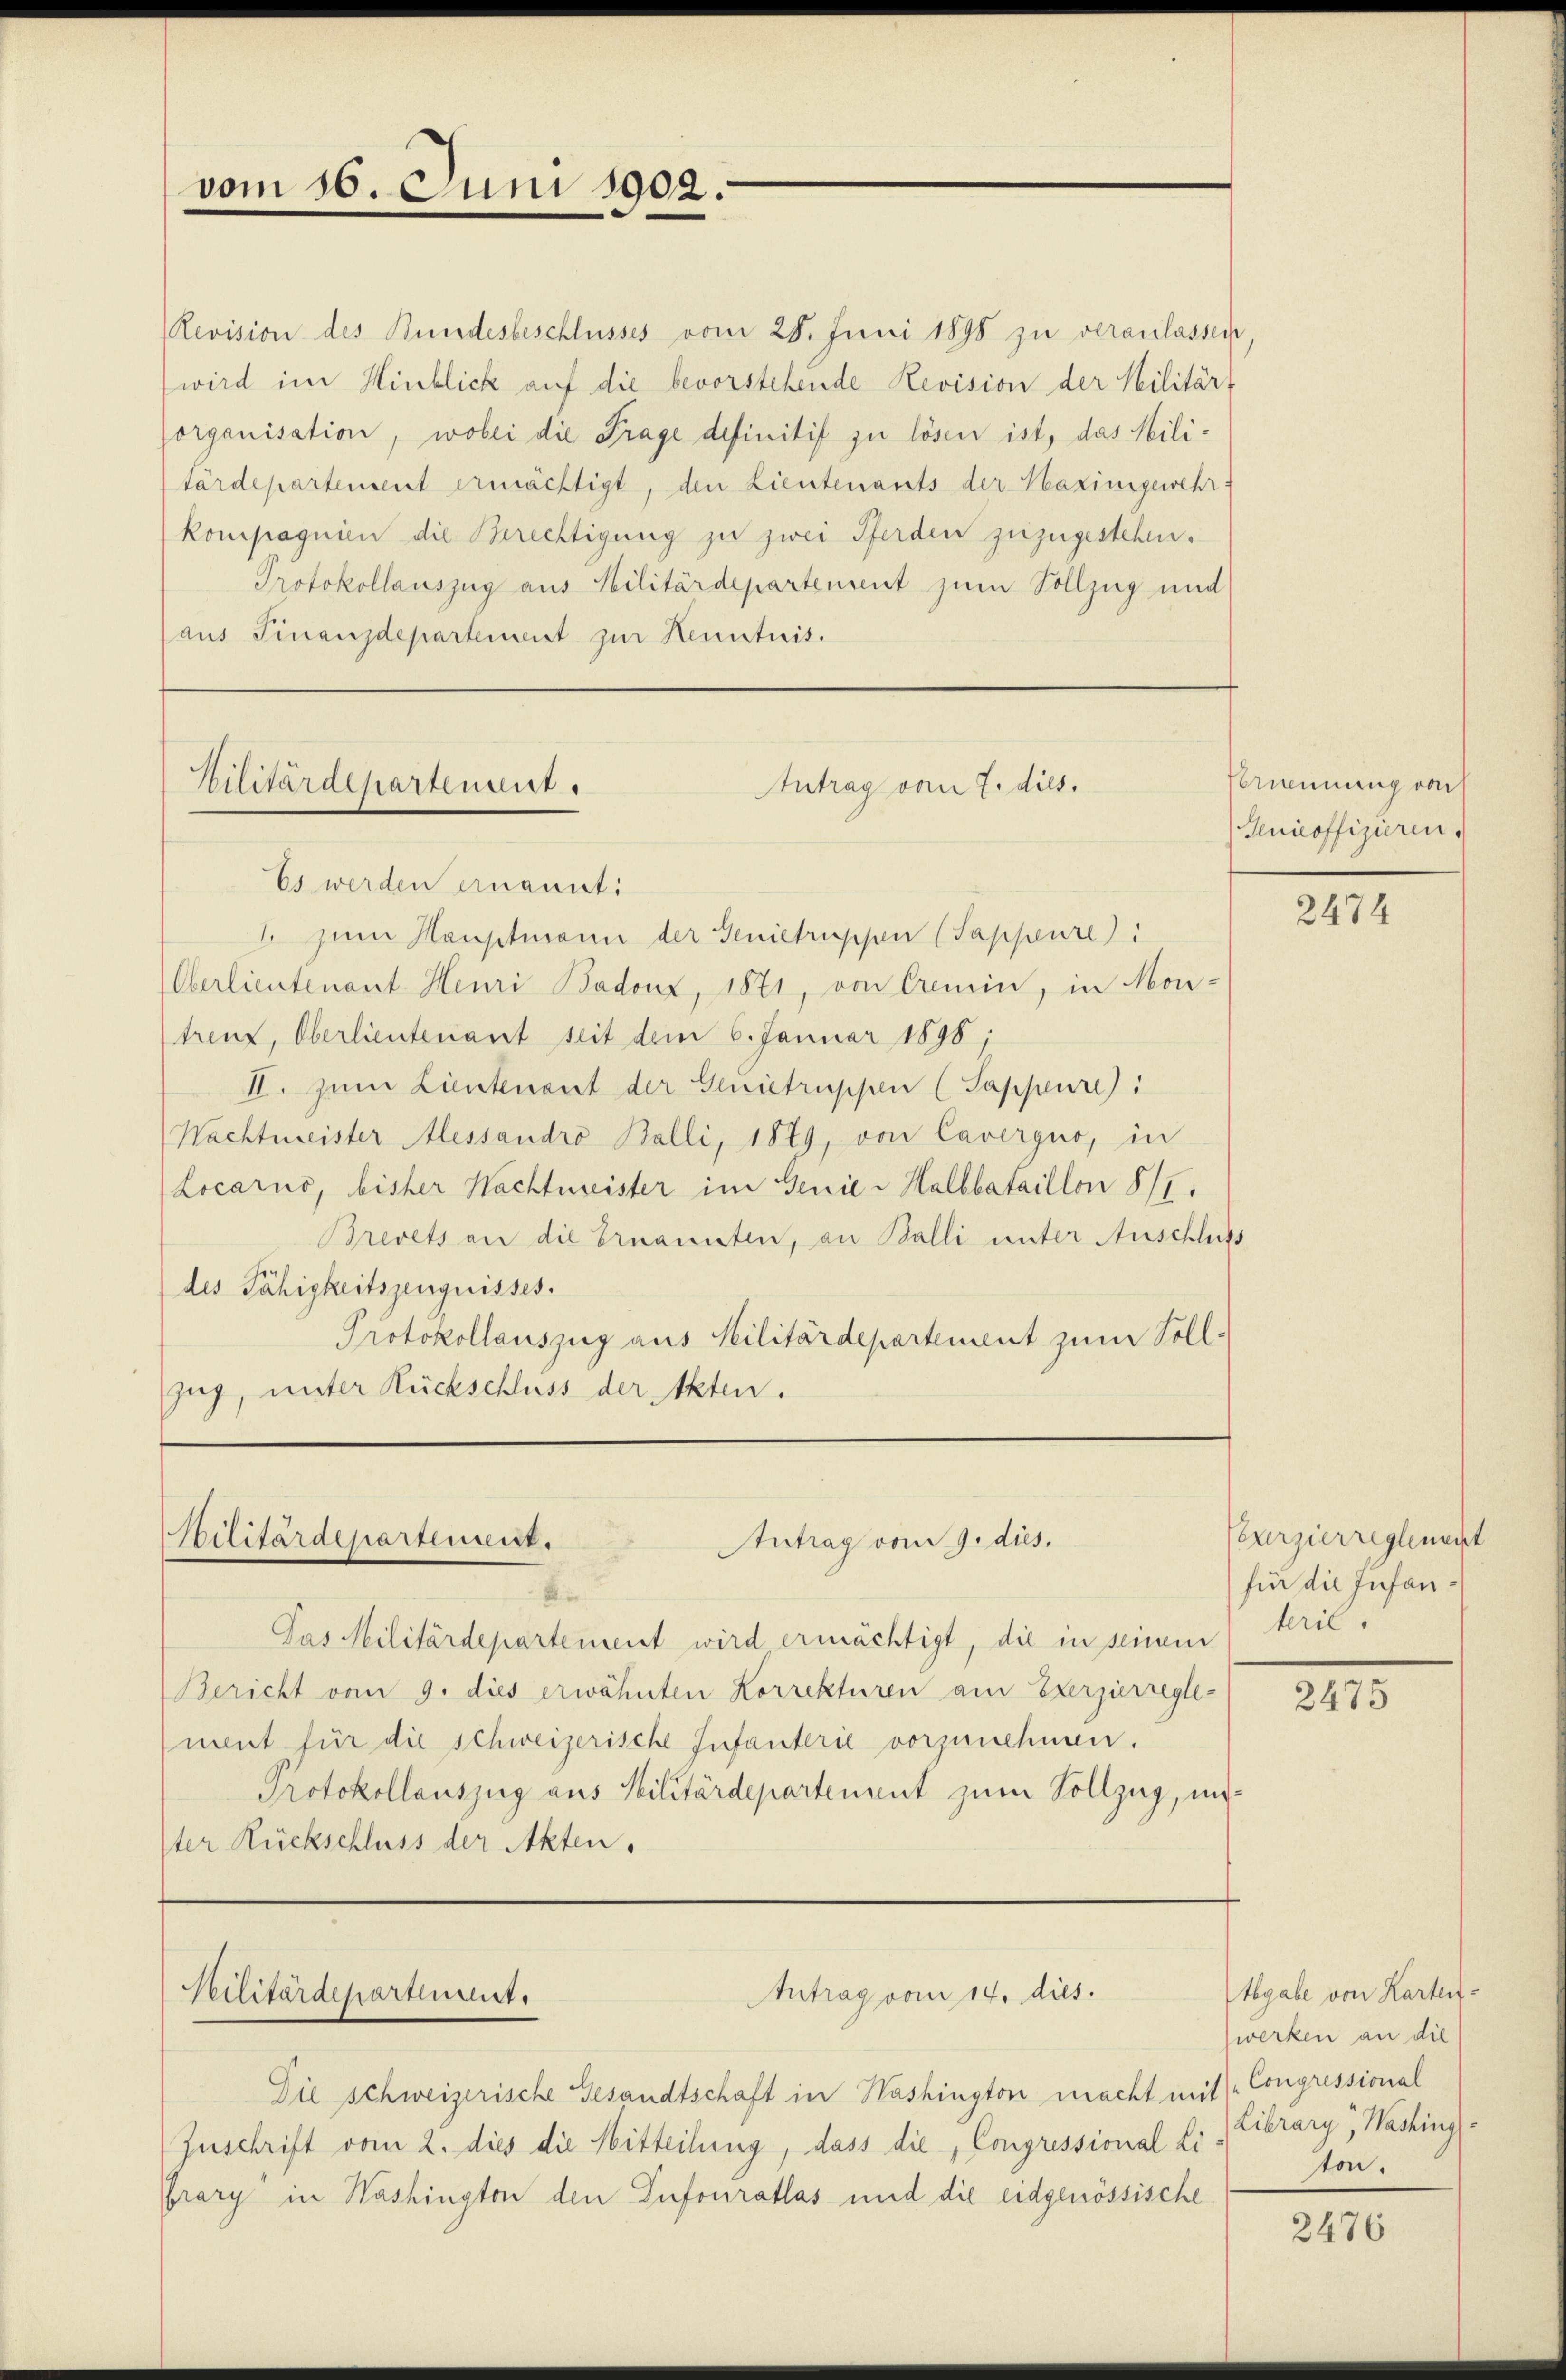
vom 16. Juni 1902.

Revision des Bundesbeschlusses vom 28. Juni 1890 zu veranlassen
wird im Hinblick auf die bevorstehende Revision der Militärt
organisation, wobei die Frage definitif zu lösen ist, das Militärdepartement ermächtigt, den Lieutenants der Maximgewehr-
kompagnien die Berechtigung zu zwei Pferden zuzugestehen.
Protokollauszug aus Hilitärdepartement zum Vollzug und
(aus Finanzdepartement zur Kenntnis.

Kilitärdepartengut.

Kilitärdepartenseit

Es werden ernannt:
 zum Hauptmann der Genictrischen (Sappeure
Oberlieutenant Henri Badenz, 1871, von Aemin, in Mon-
trenz, Oberlieutenant seit dem 6. Januar 1898;
II. zum Lieutenant der Genictrüssen (Sappure):
Nachtmeister Alessandro Balli, 1879, von Cavergno, in
Locarno, bisher Nachtmeister im Genie-Halbbataillon 817.
Brevets an die Ernannten, an Balli unter Anschluss
des Fähigkeitszeugnisses.
Protokollauszug aus Militärdepartement zum Sollzug, unter Rückschluss der Akten.

Veilitärdepartemente

Die schweizerische Gesandtschaft in Washington macht mit Congressional
Zuschrift vom 2. dies die Mitteilung, dass die Congressional Li
Grary in Washington den Infouratlas und die eidgenössische

Antrag vom 7. dies.

Antrag vom 9. dies.

Antrag vom 14. dies

Das Militärdepartement wird ermächtigt, die in seinem krie¬
Bericht vom 9. dies erwähnten Korrekturen am Exerzierregle-
ment für die schweizerische Infanterie vorzunehmen.
Protokollauszug aus Militärdepartement zum Vollzug, unter Rückschluss der Akten.

Vernennung von
Genicoffizieren

2474

Peuerzierreglement
für die Infan¬

2475

Abgabe von Kartenwerken an die
Library, Washing
ton.

2476